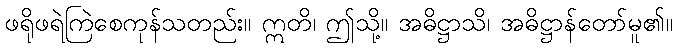
ဖရိုဖရဲကြဲစေကုန်သတည်း။ ဣတိ၊ ဤသို့။ အဓိဋ္ဌာသိ၊ အဓိဋ္ဌာန်တော်မူ၏။